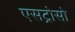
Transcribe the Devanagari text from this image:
एसट्रोसो